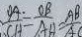
\frac { O A . } { C A } = \frac { O B } { A A } = \frac { A B } { A C }